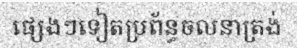
ផ្សេងៗទៀតប្រព័ន្ធចលនាត្រង់